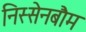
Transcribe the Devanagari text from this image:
निस्सेनबौम